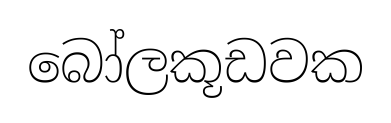
බෝලකූඩවක